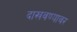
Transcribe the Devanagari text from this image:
दाखवण्यावर